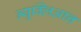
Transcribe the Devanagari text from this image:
न्यूक्लिआन